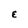
Character: E